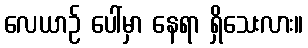
လေယာဉ် ပေါ်မှာ နေရာ ရှိသေးလား။